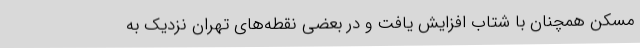
مسکن همچنان با شتاب افزایش یافت و در بعضی نقطه‌های تهران نزدیک به